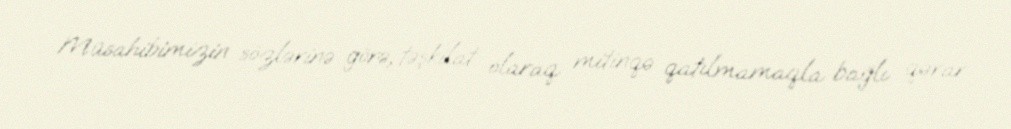
Müsahibimizin sözlərinə görə, təşkilat olaraq mitinqə qatılmamaqla bağlı qərar